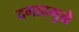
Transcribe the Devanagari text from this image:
दगडामुळे